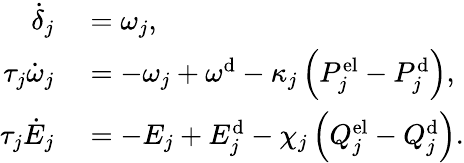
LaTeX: \begin{array}{rl}{\dot{\delta}_{j}}&{{}=\omega_{j},}\\ {\tau_{j}\dot{\omega}_{j}}&{{}=-\omega_{j}+\omega^{\mathrm{d}}-\kappa_{j}\left(P_{j}^{\mathrm{el}}-P_{j}^{\mathrm{d}}\right),}\\ {\tau_{j}\dot{E}_{j}}&{{}=-E_{j}+E_{j}^{\mathrm{d}}-\chi_{j}\left(Q_{j}^{\mathrm{el}}-Q_{j}^{\mathrm{d}}\right).}\end{array}